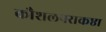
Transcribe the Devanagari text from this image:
कौशलपराकष्ठा